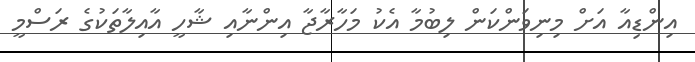
އިންޑިއާ އަށް މިނިވަންކަން ލިބުމާ އެކު މަހާރާޖާ އިންނާއި ޝާހީ އާއިލާތަކުގެ ރަސްމީ